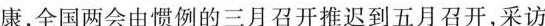
康,全国两会由惯例的三月召开推迟到五月召开,采访